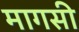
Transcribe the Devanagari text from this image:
मागसी